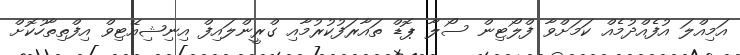
އަމިއްލަ އުފެއްދުމެއް ކަމަށްވާ ފްލޯޓިން ސޯލާ ޕޮޑް ތައާރަފުކުރުމާއި ގްރީންލައިފް އިނިޝިއޭޓިވް އިފްތިތާހުކޮށް